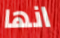
انها